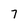
Character: 7